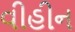
વીહીન